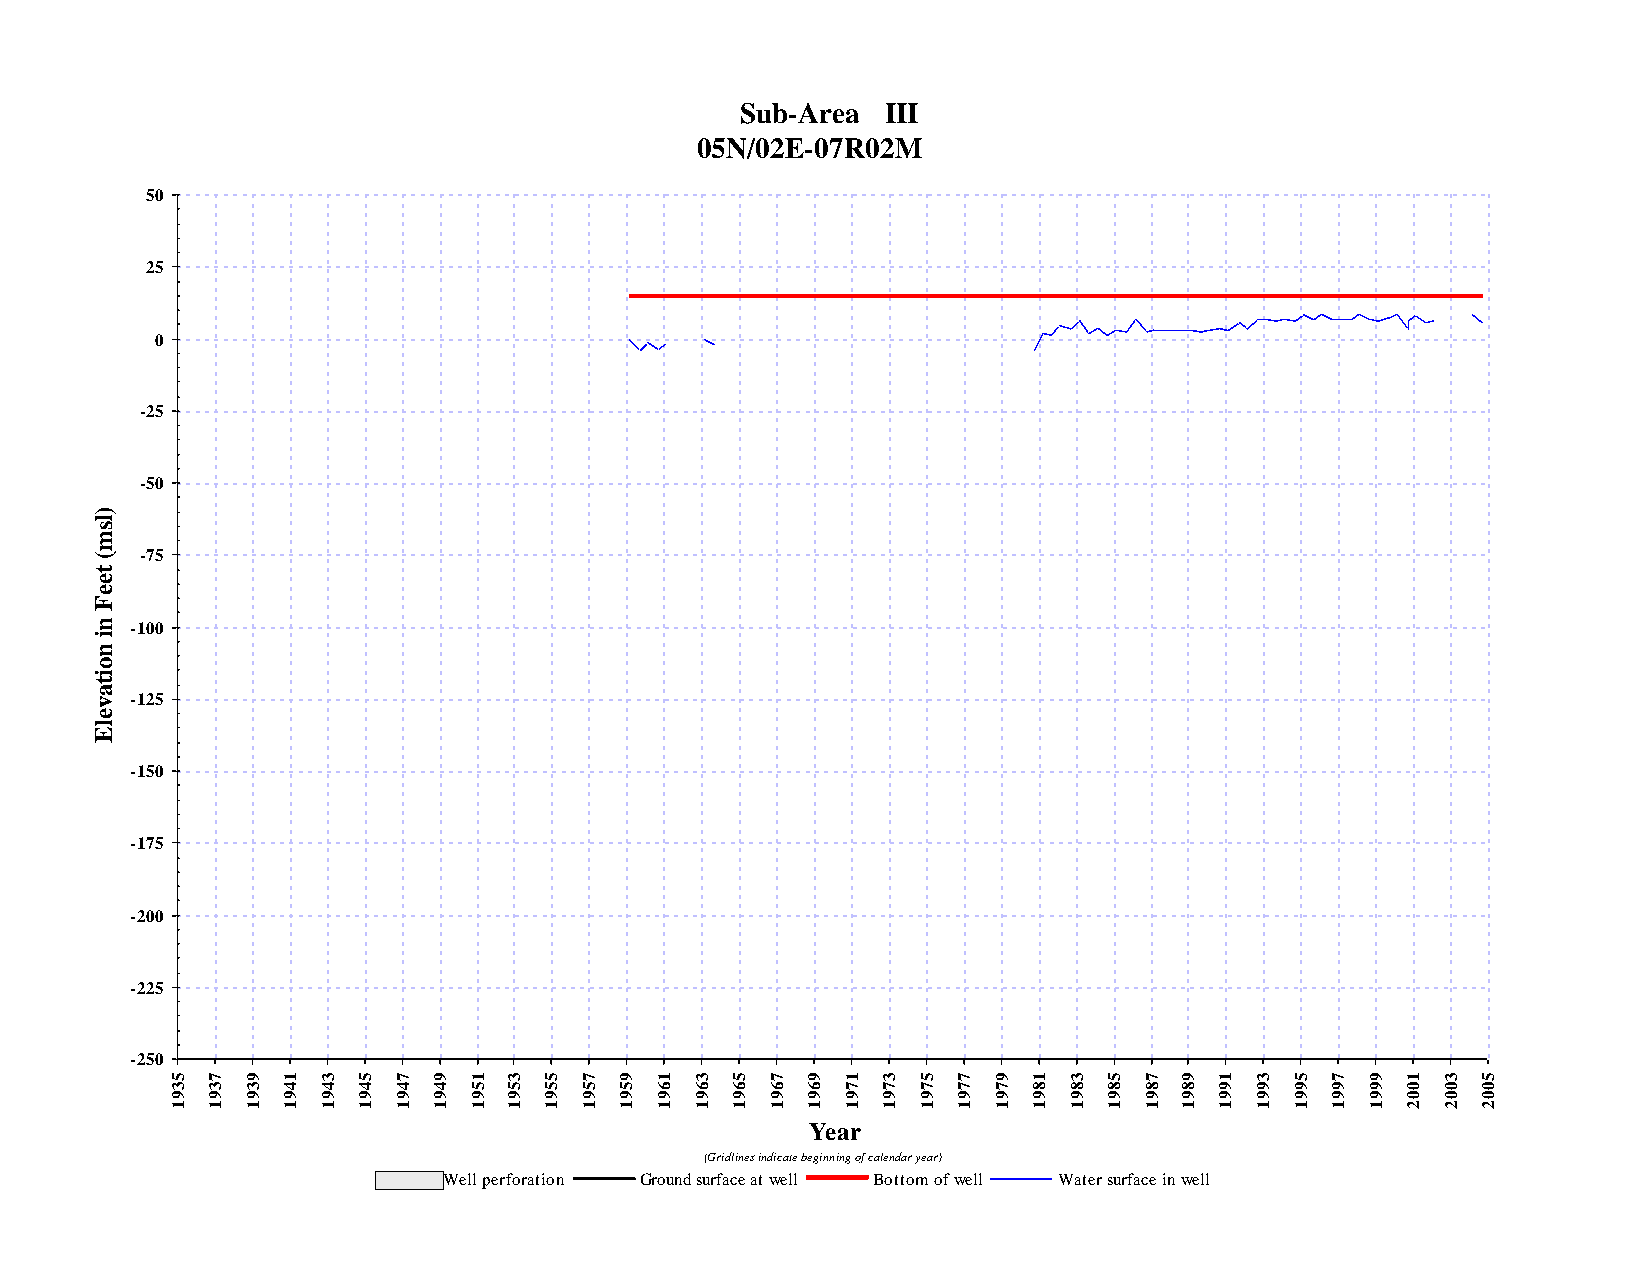
Sub-Area  III
 05N/02E-07R02M
 50
 25
 0
 -25
 -50
 )
 l
 s
 m
 (  -75
 t
 e
 e
 F
 n  -100
 i
 n
 o
 i
 t
 a
 v  -125
 e
 l
 E
 -150
 -175
 -200
 -225
 -250
 5  7 9  1 3  5 7  9 1  3 5 7  9 1  3 5  7 9  1 3  5 7  9 1  3 5  7 9  1 3  5 7  9 1  3 5
 3  3 3  4 4  4 4  4 5  5 5 5  5 6  6 6  6 6  7 7  7 7  7 8  8 8  8 8  9 9  9 9  9 0  0 0
 9  9 9  9 9  9 9  9 9  9 9 9  9 9  9 9  9 9  9 9  9 9  9 9  9 9  9 9  9 9  9 9  9 0  0 0
 1  1 1  1 1  1 1  1 1  1 1 1  1 1  1 1  1 1  1 1  1 1  1 1  1 1  1 1  1 1  1 1  1 2  2 2
 Year
 (Gridlines indicate beginning of calendar year)
 Well perforation Ground surface at well Bottom of well Water surface in well